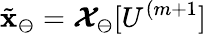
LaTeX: \tilde{\mathbf{x}}_{\ominus}=\boldsymbol{\mathcal{X}}_{\ominus}[U^{(m+1}]